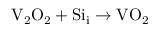
\mathrm { V } _ { 2 } \mathrm { O } _ { 2 } + \mathrm { S i } _ { \mathrm { i } } \to \mathrm { V O } _ { 2 }